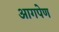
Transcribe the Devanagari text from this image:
आगपेण